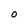
Character: 0